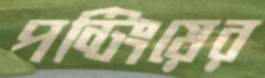
পন্টিংয়ের